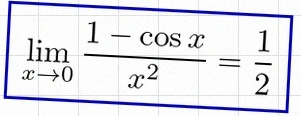
\lim_{x\to0}\frac{1-\cos x}{x^2}=\frac12